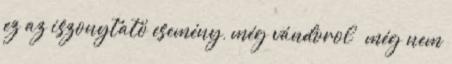
ez az iszonytató esemény, még vándorol – még nem